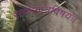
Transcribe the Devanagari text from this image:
रसनामात्रविषयः।